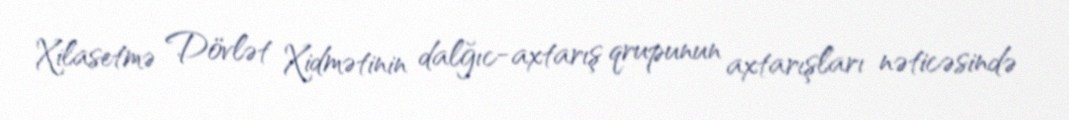
Xilasetmə Dövlət Xidmətinin dalğıc-axtarış qrupunun axtarışları nəticəsində